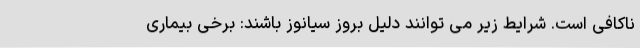
ناکافی است. شرایط زیر می توانند دلیل بروز سیانوز باشند: برخی بیماری